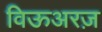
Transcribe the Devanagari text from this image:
विऊअरज़